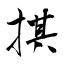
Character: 掑